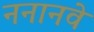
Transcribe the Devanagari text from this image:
ननानवे